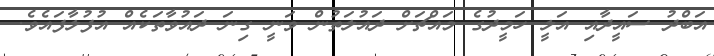
އަބްދު ސައީދާއި އަލީ ހަމީދުގެ މައްޗަށް ދައުލަތުން ވަނީ ގިނަ ދައުވާތަކެއް އުފުލާފައެވެ.